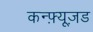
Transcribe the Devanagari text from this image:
कन्फ़्यूज़ड